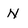
Character: N